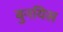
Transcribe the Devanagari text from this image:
बुनयिस